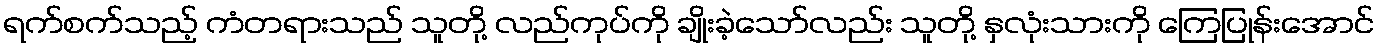
ရက်စက်သည့် ကံတရားသည် သူတို့ လည်ကုပ်ကို ချိုးခဲ့သော်လည်း သူတို့ နှလုံးသားကို ကြေပြုန်းအောင်